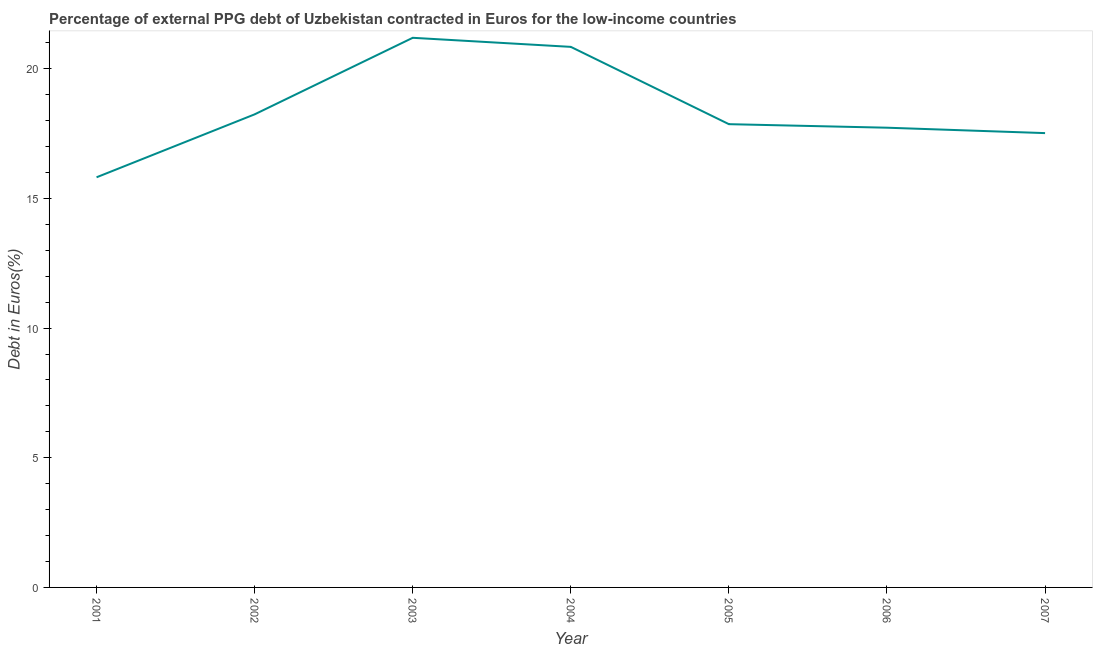
| Year | Currency composition of PPG debt |
 | --- | --- |
 | 2001 | 15.8 |
 | 2002 | 18.2 |
 | 2003 | 21.2 |
 | 2004 | 20.8 |
 | 2005 | 17.9 |
 | 2006 | 17.7 |
 | 2007 | 17.5 |